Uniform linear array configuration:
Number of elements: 48
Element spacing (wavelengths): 0.25
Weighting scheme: blackman
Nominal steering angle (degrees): -30
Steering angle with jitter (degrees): -28.211
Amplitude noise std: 0.05
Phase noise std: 0.05

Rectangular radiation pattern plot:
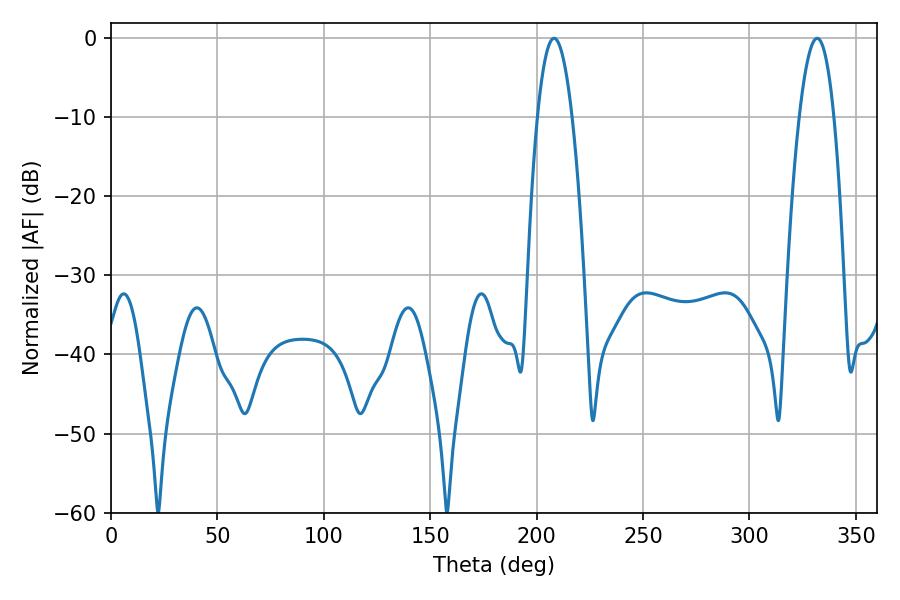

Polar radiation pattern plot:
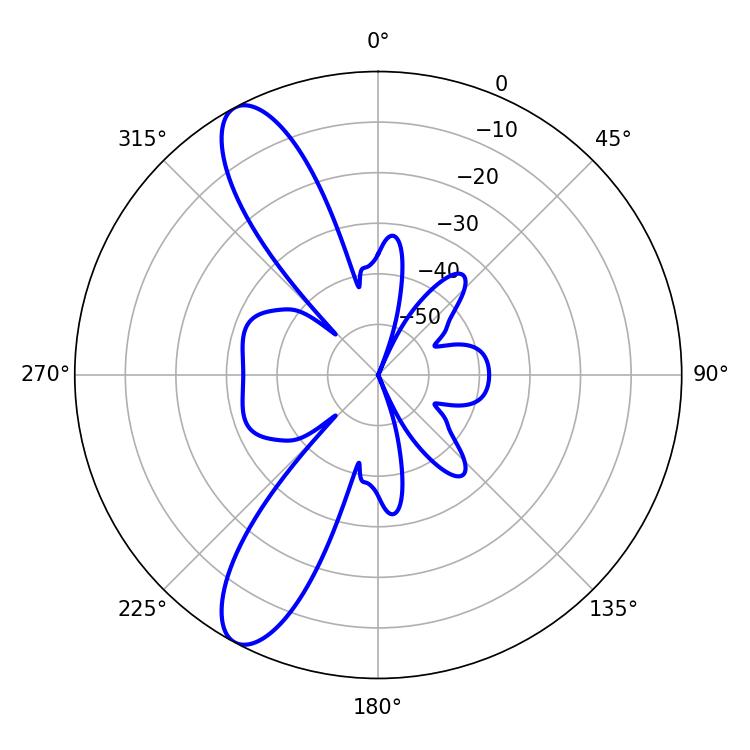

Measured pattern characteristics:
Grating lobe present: FALSE
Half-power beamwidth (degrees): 9
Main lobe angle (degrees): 331.74